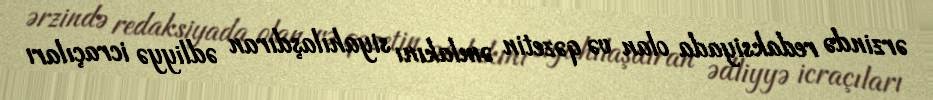
ərzində redaksiyada olan və qəzetin əmlakını siyahılaşdıran ədliyyə icraçıları